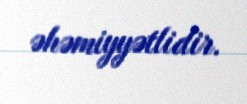
əhəmiyyətlidir.